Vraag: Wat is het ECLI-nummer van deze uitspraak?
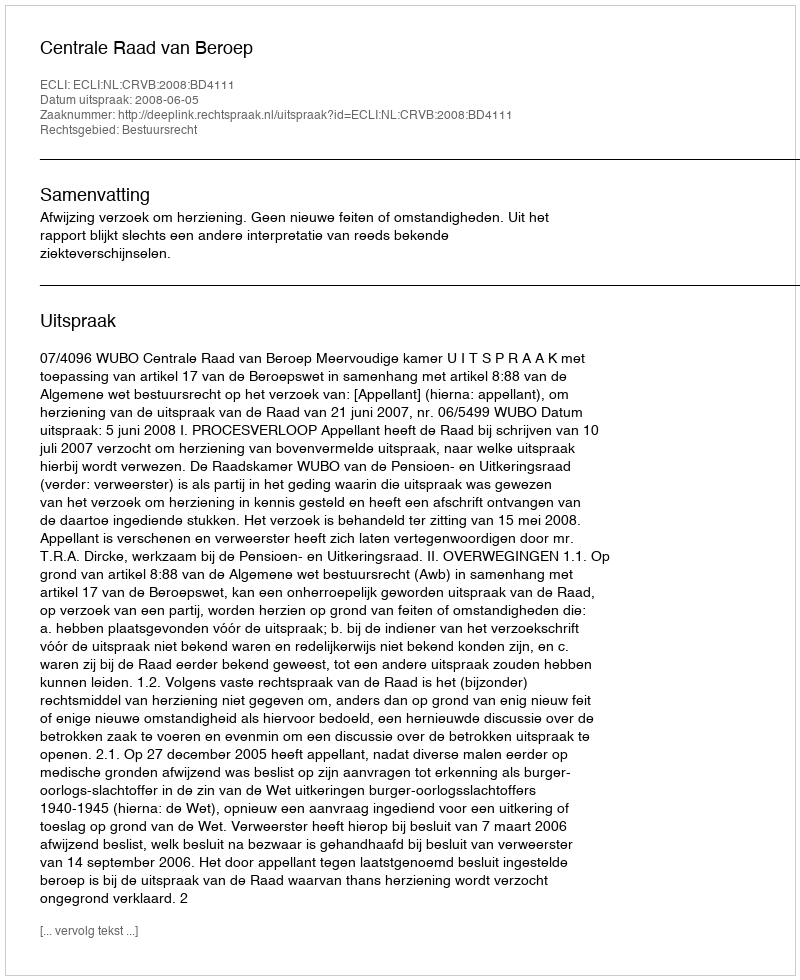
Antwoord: ECLI:NL:CRVB:2008:BD4111